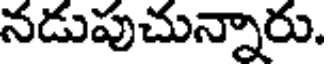
నడుపుచున్నారు.